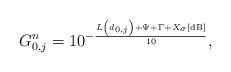
LaTeX: \begin{align*}{G_{0,j}^n} = {10^{ - \frac{{{{L\left(d_{0,j}\right) + \Psi + \Gamma + {X_{\sigma}}}}\left[ {{\rm{dB}}} \right]}}{{10}}}},\end{align*}